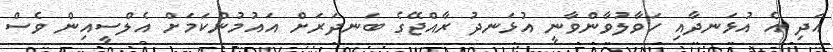
އަދި އެ އުޅަނދާއި ހަވާލުވާންވާނީ އުޅަނދު ރާއްޖޭގެ ބަނދަރަށް އައުމުންކަމަށް އެލްސީއިން ވެސް